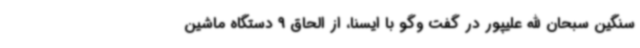
سنگین سبحان الله علیپور در گفت وگو با ایسنا، از الحاق 9 دستگاه ماشین